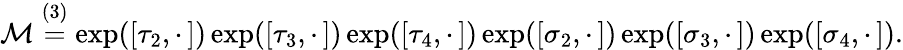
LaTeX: \mathcal{M}\overset{(3)}{=}\exp([\tau_{2},\cdot\, ])\exp([\tau_{3},\cdot\, ])\exp([\tau_{4},\cdot\, ])\exp([\sigma_{2},\cdot\, ])\exp([\sigma_{3},\cdot\, ])\exp([\sigma_{4},\cdot\, ]).